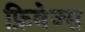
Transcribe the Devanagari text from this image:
फ्रिवेज्स